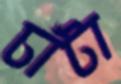
চাঁটা